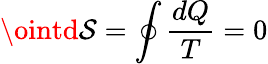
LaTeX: \ointd\mathcal{S}=\oint{\frac{{dQ}}{{T}}}=0